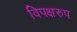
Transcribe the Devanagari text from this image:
विपक्षरुप